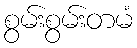
စွမ်းစွမ်းတမံ